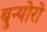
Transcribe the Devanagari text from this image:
बुन्योरो